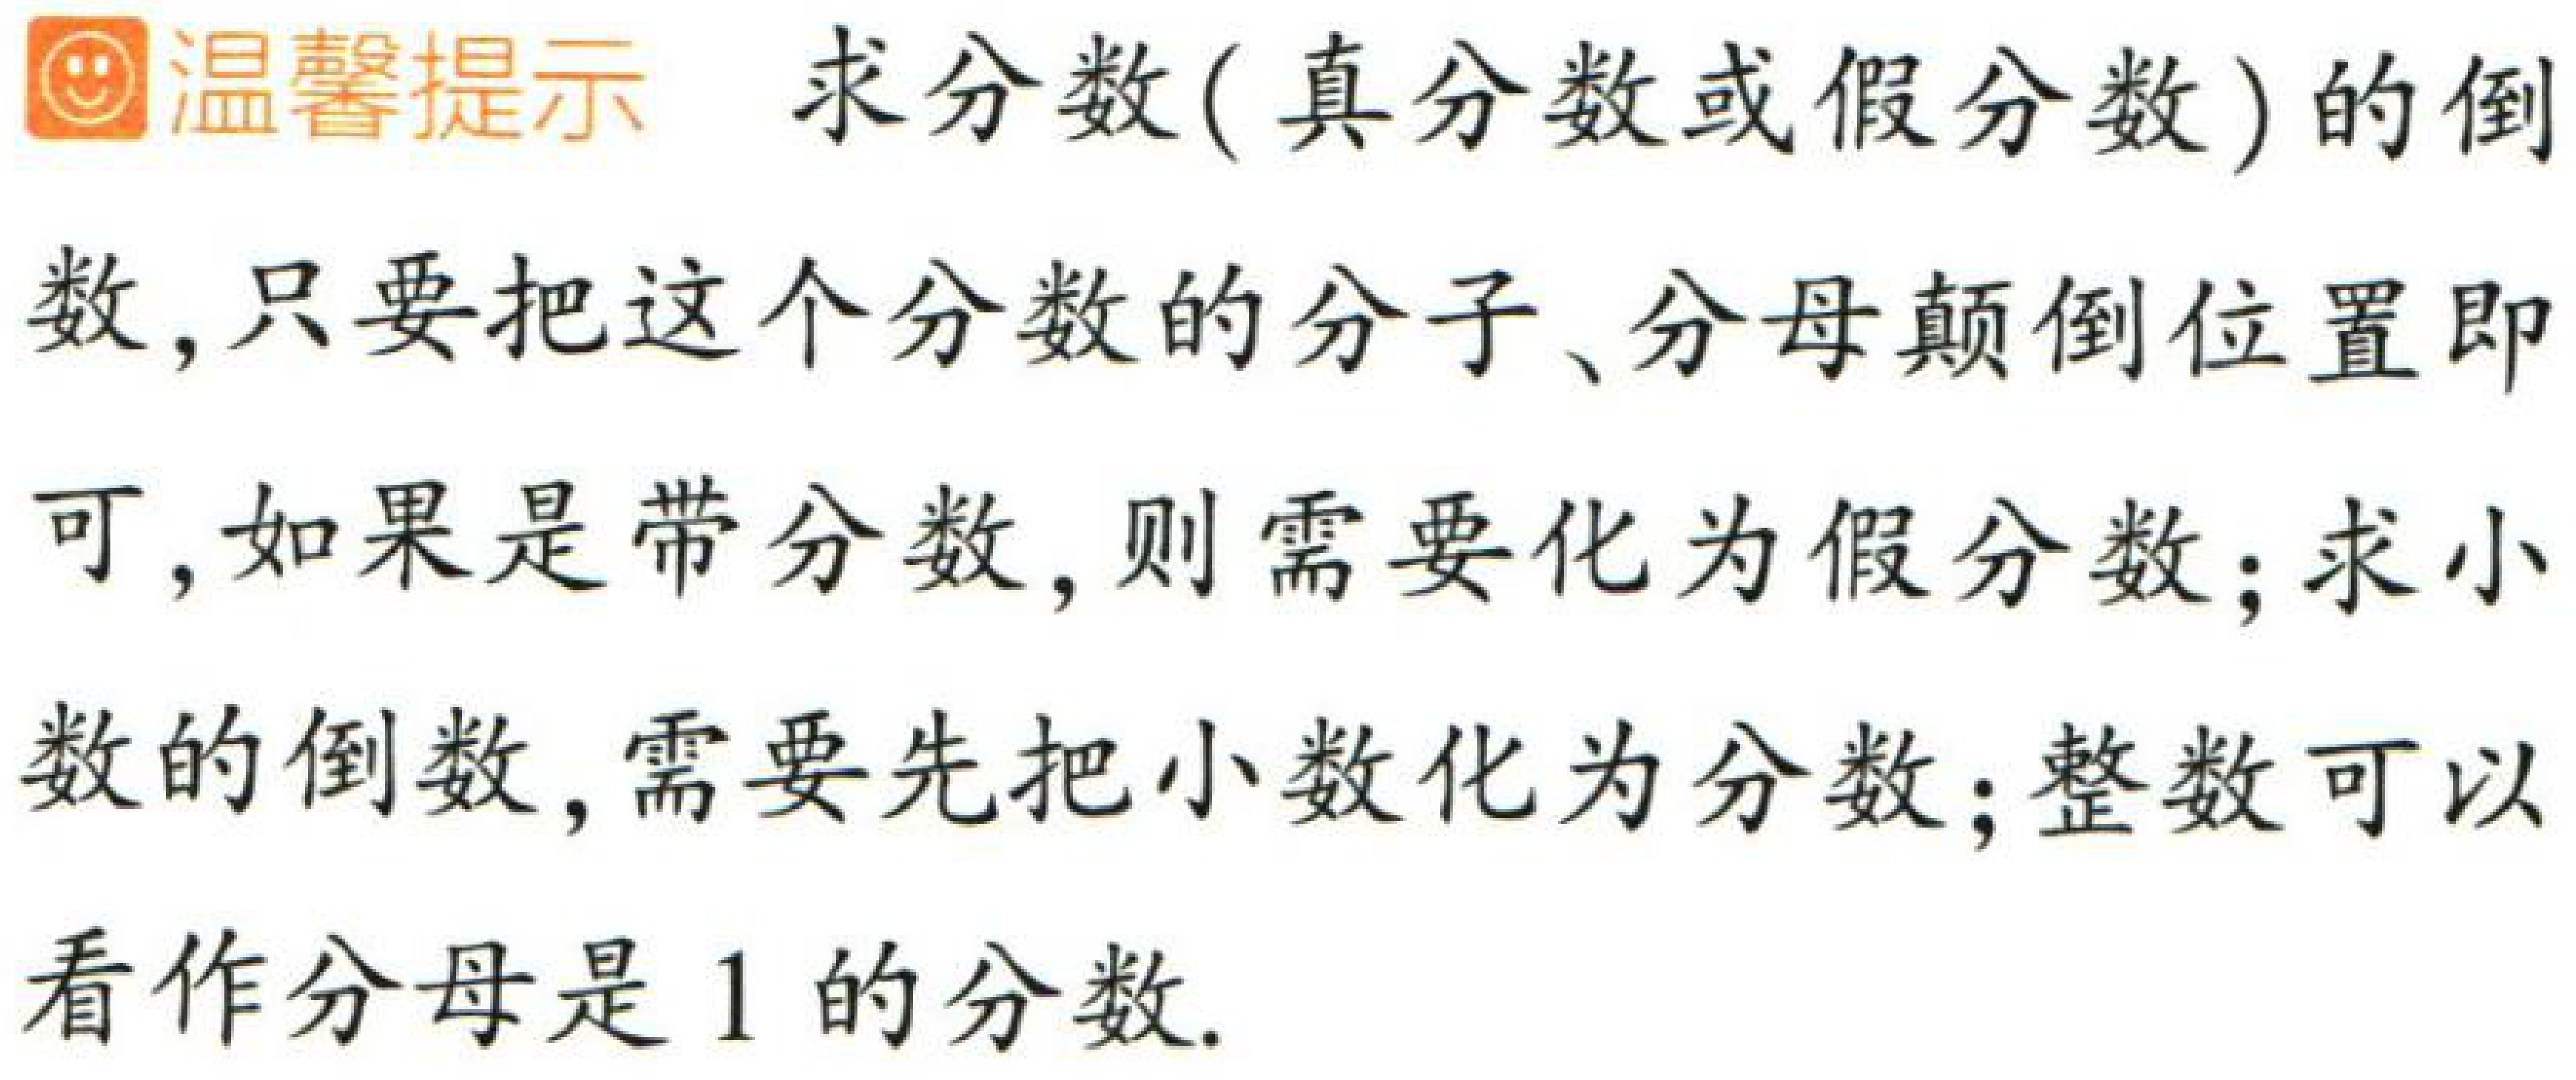
温馨提示 求分数(真分数或假分数)的倒数,只要把这个分数的分子、分母颠倒位置即可,如果是带分数,则需要化为假分数;求小数的倒数,需要先把小数化为分数;整数可以看作分母是1的分数.